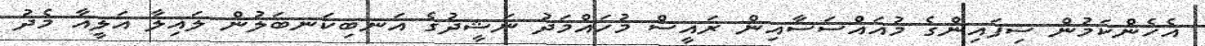
އެހެންކަމުން ސިފައިންގެ މުއައްސަސާއިން ރައީސް މުހައްމަދު ނަޝީދުގެ އަނބިކަނބަލުން ލައިލާ އަލީއާ މެދު